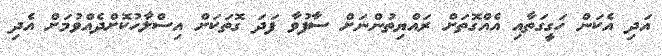
އަދި އެކަން ހަގީގަތާއި އެއްގޮތަށް ރައްޔިތުންނަށް ސާފުވާ ފަދަ ގޮތަކަށް އިސްލާހުކޮށްދެއްވުމަށް އެދި